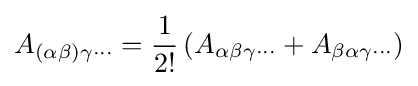
A_{(\alpha \beta )\gamma \cdots }={\dfrac {1}{2!}}\left(A_{\alpha \beta \gamma \cdots }+A_{\beta \alpha \gamma \cdots }\right)